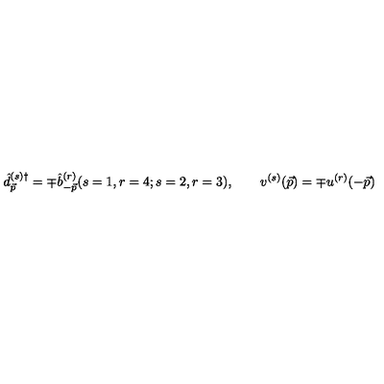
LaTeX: { \hat { d } } _ { \vec { p } } ^ { ( s ) { \dag } } = \mp { \hat { b } } _ { - \vec { p } } ^ { ( r ) } ( s = 1 , r = 4 ; s = 2 , r = 3 ) , \qquad v ^ { ( s ) } ( \vec { p } ) = \mp u ^ { ( r ) } ( - \vec { p } )